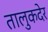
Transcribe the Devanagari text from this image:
तालुकदेर